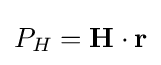
P_{H}=\mathbf {H} \cdot \mathbf {r}